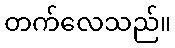
တက်လေသည်။